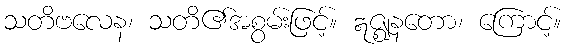
သတိဗလေန၊ သတိ၏အစွမ်းဖြင့်။ ဣဇ္ဈနတော၊ ကြောင့်။